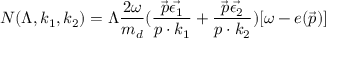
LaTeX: N ( \Lambda , k _ { 1 } , k _ { 2 } ) = \Lambda \frac { 2 \omega } { m _ { d } } ( \frac { \vec { p } \vec { \epsilon _ { 1 } } } { p \cdot k _ { 1 } } + \frac { \vec { p } \vec { \epsilon _ { 2 } } } { p \cdot k _ { 2 } } ) [ \omega - e ( \vec { p } ) ]